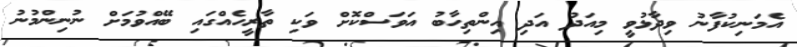
އެމަނިކުފާނު ވިދާޅުވީ މިއަދު އަދި އިންތިހާބު އަވަސްކޮށް ވަކި ތާރީހެއްގައި ބޭއްވުމަށް ނުނިންމުނު